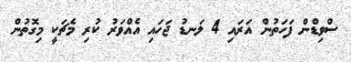
ސްވިޑްން ފަހަތުން އަރައި 4 ލަނޑު ޖަހައި އެއްވަރު ކުރި މެޗަކީ މިގޮތުން